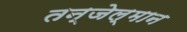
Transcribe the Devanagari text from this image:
तन्जेल्मान